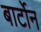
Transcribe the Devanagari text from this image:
बार्टोन